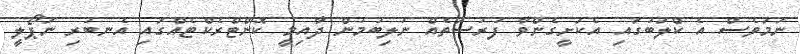
ނަމަވެސް އެ ކްލަބުގައި އެކަށީގެންވާ ފުުރުސަތެއް ނުލިބުމުން ދާއިމީ ކޮންޓްރެކްޓެއްގައި އެނބުރި ނަޕޯލީ